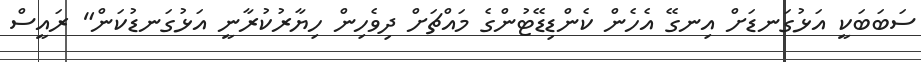
ސަބަބަކީ އަޅުގަނޑަށް އިނގޭ އެހެން ކެންޑިޑޭޓުންގެ މައްޗަށް ދިވެހިން ހިޔާރުކުރާނީ އަޅުގަނޑުކަން" ރައީސް